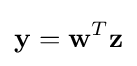
\mathbf {y} =\mathbf {w} ^{T}\mathbf {z}